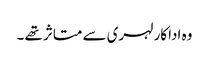
وہ اداکار لہری سے متاثر تھے ۔